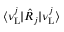
\langle \nu _ { \mathrm { L } } ^ { j } | \hat { R } _ { j } | \nu _ { \mathrm { L } } ^ { j } \rangle